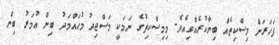
ފަހަރަށް މިސްކިތެއް ބިނާކުރެއްވިއެވެ. މިމިސްކިތުގެ ނަމަކީ މަސްޖިދު މުޙައްމަދު ބިން ޢުމަރު ބިން